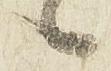
候